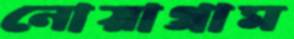
নোয়াগ্রাম